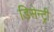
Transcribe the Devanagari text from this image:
डिसेन्ट्री